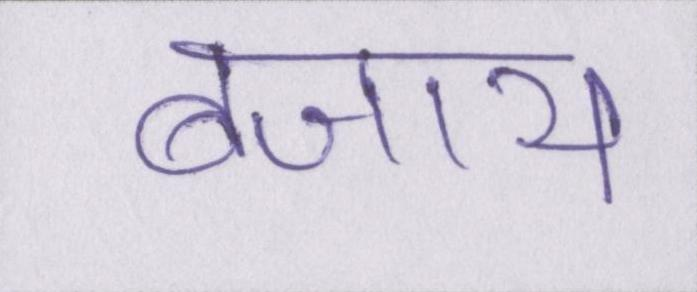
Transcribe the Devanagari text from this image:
बजाय